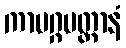
ကာမဂ္ဂပတ္တာနံ